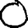
Digit: 0